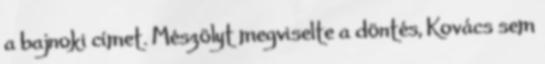
a bajnoki címet. Mészölyt megviselte a döntés, Kovács sem